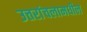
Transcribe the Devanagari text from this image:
उत्तरांचलामधील